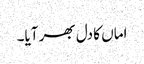
اماں کا دل بھر آیا۔